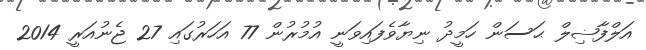
އަލްފާޟިލް ޙަސަން ހަމީދު ނިޔާވެފައިވަނީ އުމުރުން 77 އަހަރުގައި 27 ޖެނުއަރީ 2014